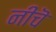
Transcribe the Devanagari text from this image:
नीचॆ